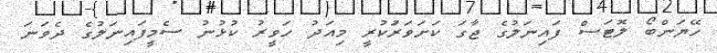
ހޭޔަންބޯ ލޮޓަސް ފައިނަލުގެ ޖާގަ ކަށަވަރަުކުރީ މިއަދު ހަވީރު ކުޅުނު ސެމީފައިނަލުގެ ދެވަނަ